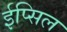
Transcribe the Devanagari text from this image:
ईप्सिल